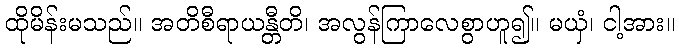
ထိုမိန်းမသည်။ အတိစီရာယန္တီတိ၊ အလွန်ကြာလေစွာဟူ၍။ မယှံ၊ ငါ့အား။